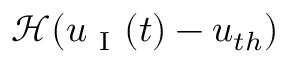
\mathcal { H } ( u _ { \mathrm { ~ I ~ } } ( t ) - u _ { t h } )